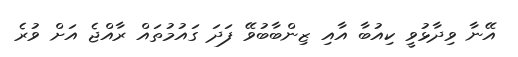
އޭނާ ވިދާޅުވީ ކިއުބާ އާއި ޒިންބާބުވޭ ފަދަ ގައުމުތައް ރާއްޖެ އަށް ވުރެ